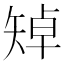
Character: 𥏥